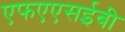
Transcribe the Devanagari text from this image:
एफएएसईबी